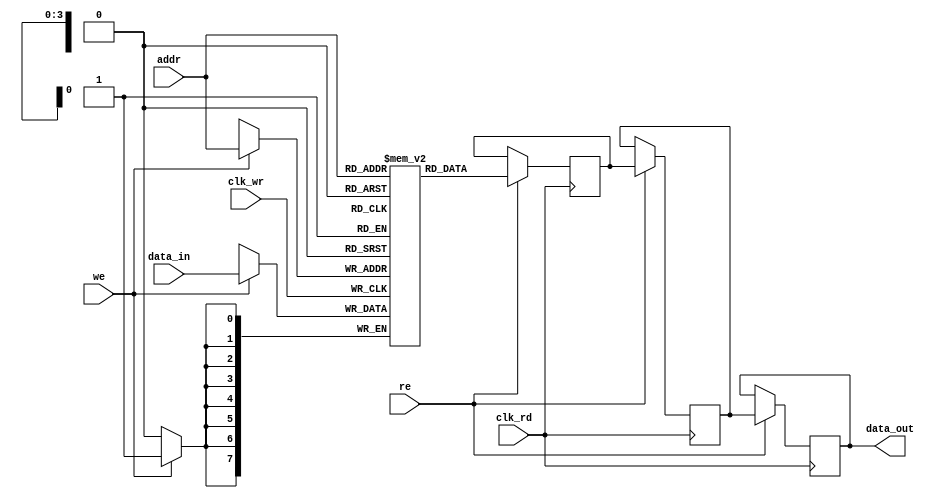
module MemoryBlock #(
    parameter DATA_WIDTH = 8,  // Width of the data bus
    parameter ADDR_WIDTH = 4,  // Width of the address bus
    parameter DEPTH = 1 << ADDR_WIDTH,  // Depth of the memory block
    parameter DELAY_STAGES = 2  // Number of delay stages in the safe delay line
)(
    input wire clk_wr,          // Write clock
    input wire clk_rd,          // Read clock
    input wire [DATA_WIDTH-1:0] data_in,  // Data input
    input wire [ADDR_WIDTH-1:0] addr,      // Address input
    input wire we,              // Write enable
    input wire re,              // Read enable
    output reg [DATA_WIDTH-1:0] data_out    // Data output
);

    // Memory array
    reg [DATA_WIDTH-1:0] memory [0:DEPTH-1];

    // Safe delay line
    reg [DATA_WIDTH-1:0] delay_line [0:DELAY_STAGES-1];
    integer i;

    // Write operation
    always @(posedge clk_wr) begin
        if (we) begin
            memory[addr] <= data_in;
        end
    end

    // Read operation with safe delay line
    always @(posedge clk_rd) begin
        if (re) begin
            // Shift the data through the delay line
            delay_line[0] <= memory[addr];
            for (i = 1; i < DELAY_STAGES; i = i + 1) begin
                delay_line[i] <= delay_line[i-1];
            end
            data_out <= delay_line[DELAY_STAGES-1]; // Output the last delayed data
        end
    end

endmodule